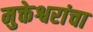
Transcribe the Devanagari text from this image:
मुक्तेश्वरांचा